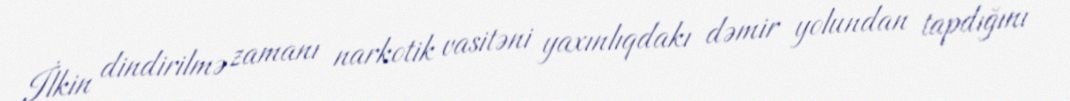
İlkin dindirilmə zamanı narkotik vasitəni yaxınlıqdakı dəmir yolundan tapdığını